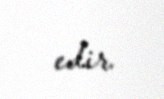
edir.